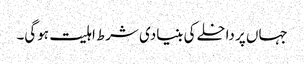
جہاں پر داخلے کی بنیادی شرط اہلیت ہوگی۔